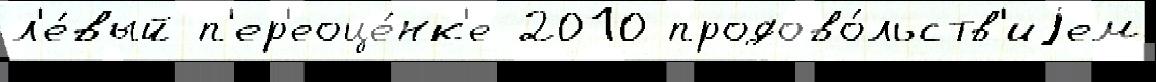
л'е́вый п'ер'еоце́нк'е 2010 продово́льств'иjем